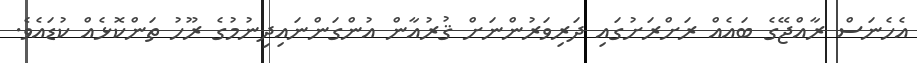
އެހެނަސް ރާއްޖޭގެ ބައެއް ރަށްރަށުގައި ދަރިވަރުންނަށް ޤުރުއާން އުންގަންނައިދިނުމުގެ ރޫހު ތަންކޮޅެއް ކުޑައެވެ.